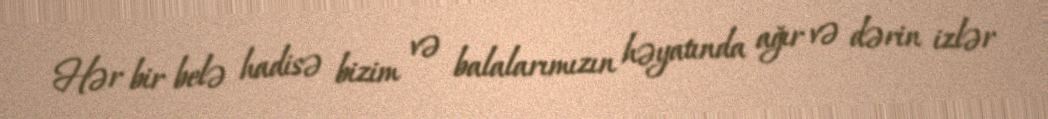
Hər bir belə hadisə bizim və balalarımızın həyatında ağır və dərin izlər